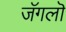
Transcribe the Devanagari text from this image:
जॅगलॊ